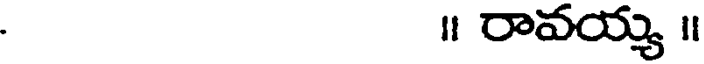
॥ రావయ్య ॥